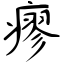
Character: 瘳